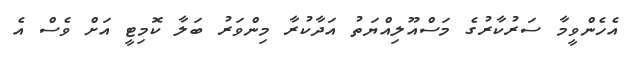
އެހެންވީމާ ސަރުކާރުގެ މަސްއޫލިއްޔަތު އަދާކުރާ މިންވަރު ބަލާ ކޮމިޓީ އަށް ވެސް އެ